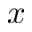
x